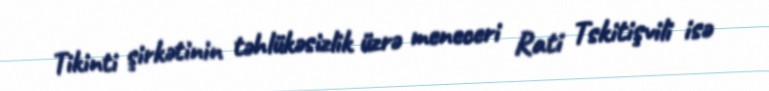
Tikinti şirkətinin təhlükəsizlik üzrə meneceri Rati Tskitişvili isə